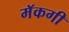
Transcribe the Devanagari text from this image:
मॅकगी